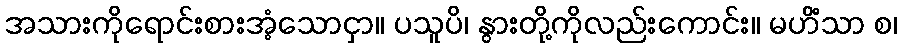
အသားကိုရောင်းစားအံ့သောငှာ။ ပသူပိ၊ နွားတို့ကိုလည်းကောင်း။ မဟိံသာ စ၊